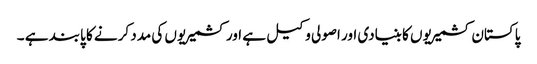
پاکستان کشمیریوں کا بنیادی اور اصولی وکیل ہے اور کشمیریوں کی مدد کرنے کا پابند ہے ۔